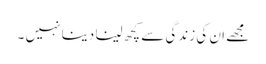
مجھے ان کی زندگی سے کچھ لینا دینا نہیں ۔